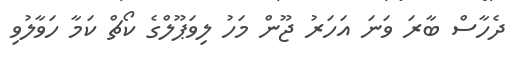
ދެހާސް ބާރަ ވަނަ އަހަރު ޖޫން މަހު ލިވަޕޫލްގެ ކޯޗް ކަމާ ހަވާލުވި